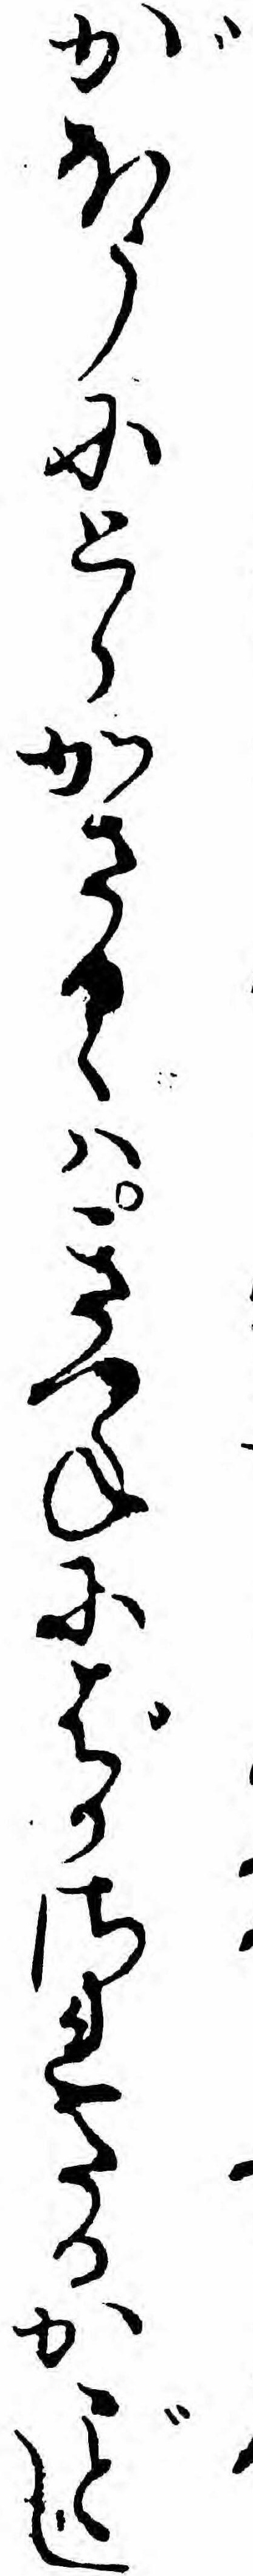
がほうにとらかさるゝハきつねにばかされたるかし